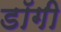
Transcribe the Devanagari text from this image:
डॉगी